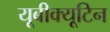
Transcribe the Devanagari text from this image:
यूबीक्यूटिन